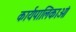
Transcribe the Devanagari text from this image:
कार्यपालिकाओं